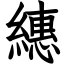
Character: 繐